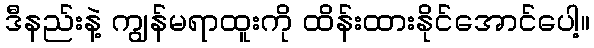
ဒီနည်းနဲ့ ကျွန်မရာထူးကို ထိန်းထားနိုင်အောင်ပေါ့။